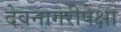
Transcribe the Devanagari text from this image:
देवनागरीपेक्षा